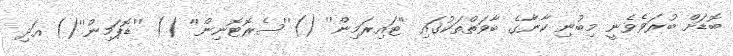
ބޮޑަށް ބުރަވެވެނީ މިބުނި ކާނާގެ ބާވަތްތަކުގައި ''ޓައިރަމިން'' ()''ސެރޮޓޮނިން'' () ''ޑޮޕަމިން''() އަދި